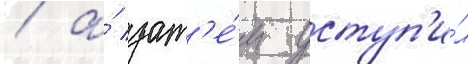
/ а́ зат'е́м уступ'и́л